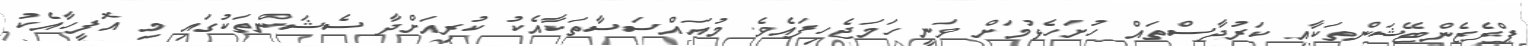
ޕްރެޒެންޓޭޝަންތަކާއި ކަރުދާސްތައް ހުށަހެޅުމަށް ވަނީ ހަމަޖެހިފައެވެ. މުއައްސަސާތަކާއެކު ކުރިއަށްދާ ސެޝަންތަކުގައި މި އޮފީހާއެކު